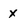
Character: X